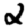
Digit: 2